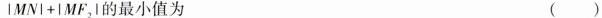
$$l M N l + | M F _ { 2 } 1$$的最小值为 ( )